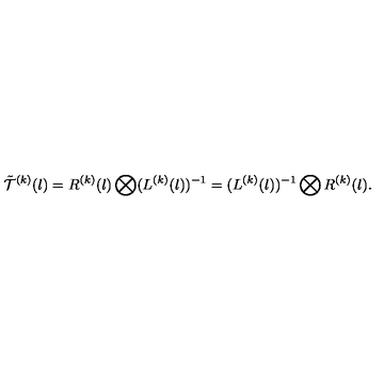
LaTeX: \tilde { { \cal T } } ^ { ( k ) } ( l ) = R ^ { ( k ) } ( l ) \bigotimes ( L ^ { ( k ) } ( l ) ) ^ { - 1 } = ( L ^ { ( k ) } ( l ) ) ^ { - 1 } \bigotimes R ^ { ( k ) } ( l ) .